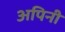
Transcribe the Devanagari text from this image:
अपिनी